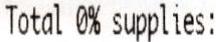
TOTAL 0% SUPPLIES: